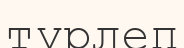
түрлеп